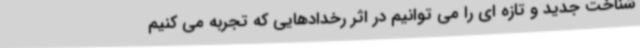
شناخت جدید و تازه ای را می توانیم در اثر رخدادهایی که تجربه می کنیم